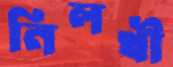
নিলখী